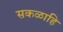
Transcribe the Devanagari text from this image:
सकळाहि